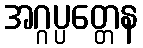
အဂ္ဂပ္ပတ္တေန